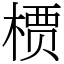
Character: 槚